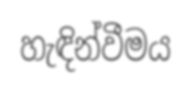
හැඳින්වීමය